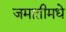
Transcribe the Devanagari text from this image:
जमातीमधे